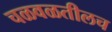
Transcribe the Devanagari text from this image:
चळवळतीलच